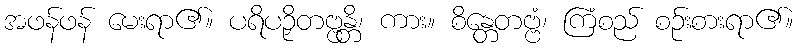
အဖန်ဖန် မေးရာ၏။ ပရိပဉှိတဗ္ဗန္တိ၊ ကား။ စိန္တေတဗ္ဗံ၊ ကြံစည် စဉ်းစားရာ၏။